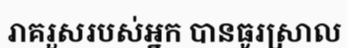
រាគរួសរបស់អ្នក បានធូរស្រាល